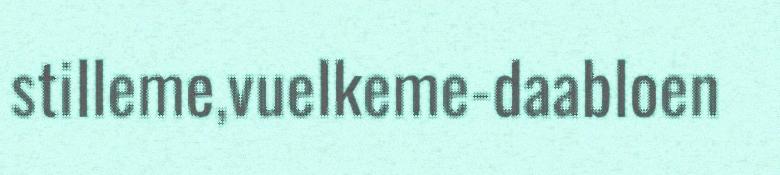
stilleme,vuelkeme-daabloen